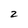
Character: 2